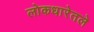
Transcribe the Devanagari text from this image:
लोकधारेतले